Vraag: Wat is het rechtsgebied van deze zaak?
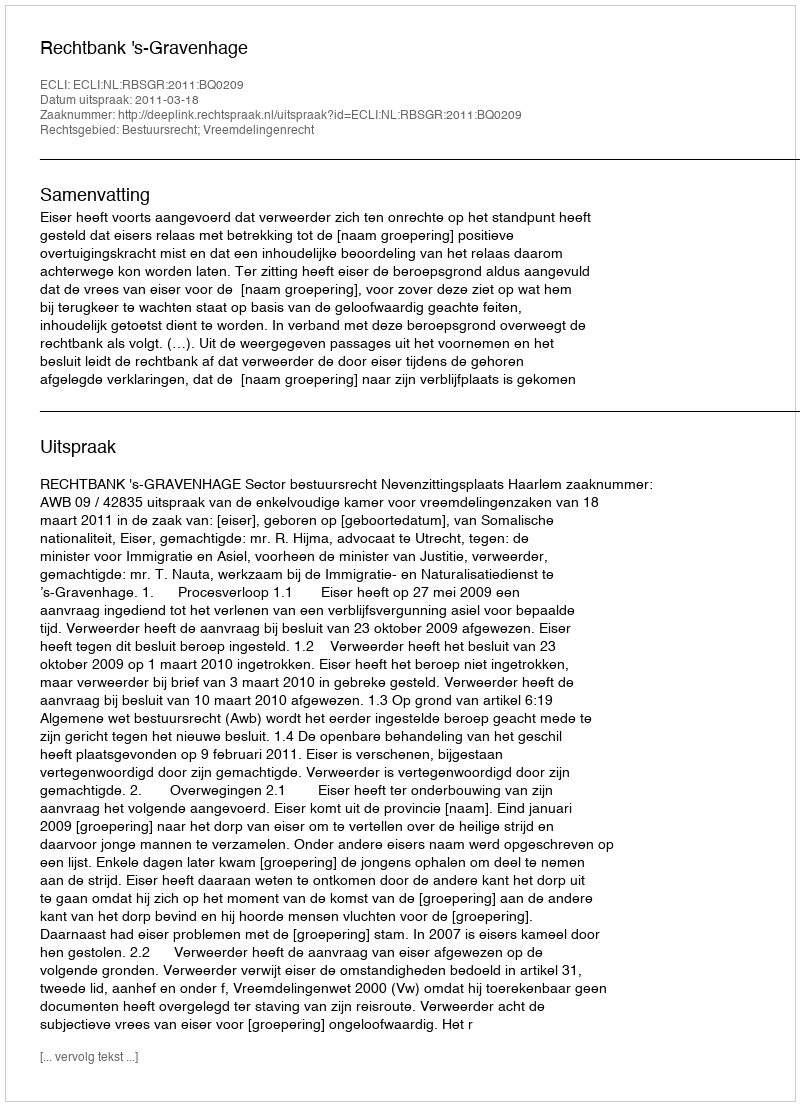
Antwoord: Bestuursrecht; Vreemdelingenrecht